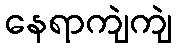
နေရာကျဲကျဲ